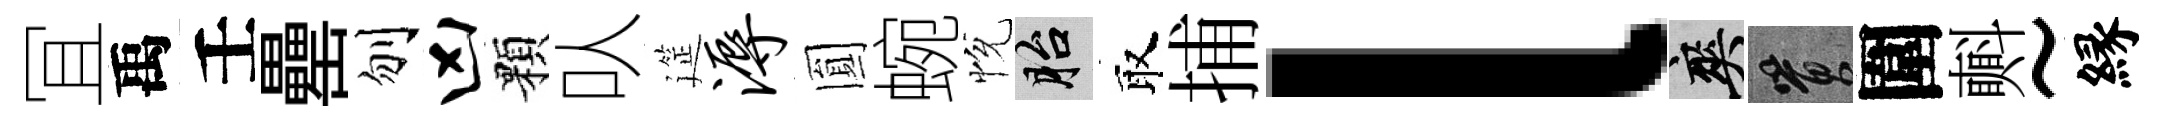
冝禹壬罍刎凶顆㕥筵溽圎蜿恱胎取捕l爽篔圍㪺~縁